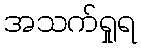
အသက်ရှုရ